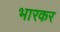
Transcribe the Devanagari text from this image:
भारकर